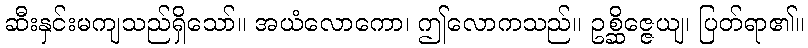
ဆီးနှင်းမကျသည်ရှိသော်။ အယံလောကော၊ ဤလောကသည်။ ဥစ္ဆိဇ္ဇေယျ၊ ပြတ်ရာ၏။